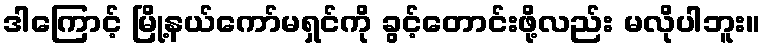
ဒါကြောင့် မြို့နယ်ကော်မရှင်ကို ခွင့်တောင်းဖို့လည်း မလိုပါဘူး။